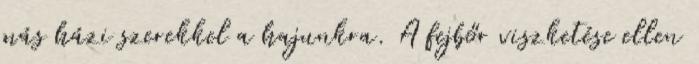
más házi szerekkel a hajunkra. A fejbőr viszketése ellen